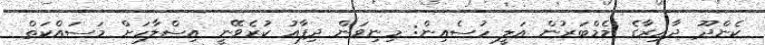
ކެންދޫ ދާއިރާގެ މެމްބަރުން އަލީ ހުސެއިން: މިނިވަން ދިފާއު ކުރެވޭނީ އިސްލާހަށް މަސައްކަތް